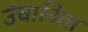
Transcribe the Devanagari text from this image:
उंचाविता